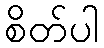
စိတ်ပါ